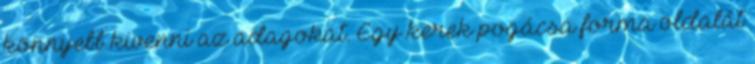
könnyebb kivenni az adagokat. Egy kerek pogácsa forma oldalát